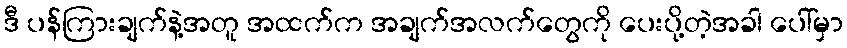
ဒီ ပန်ကြားချက်နဲ့အတူ အထက်က အချက်အလက်တွေကို ပေးပို့တဲ့အခါ ပေါ်မှာ